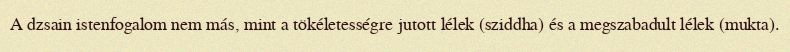
A dzsain istenfogalom nem más, mint a tökéletességre jutott lélek (sziddha) és a megszabadult lélek (mukta).